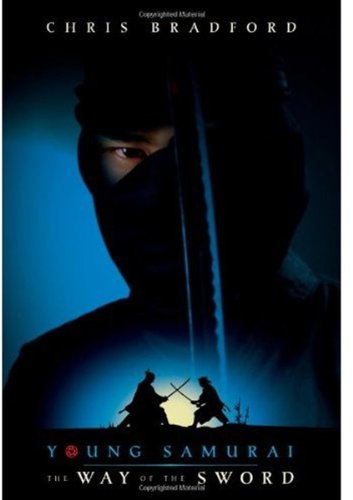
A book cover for Young Samurai: The Way of the Sword; Chris Bradford; Teen & Young Adult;